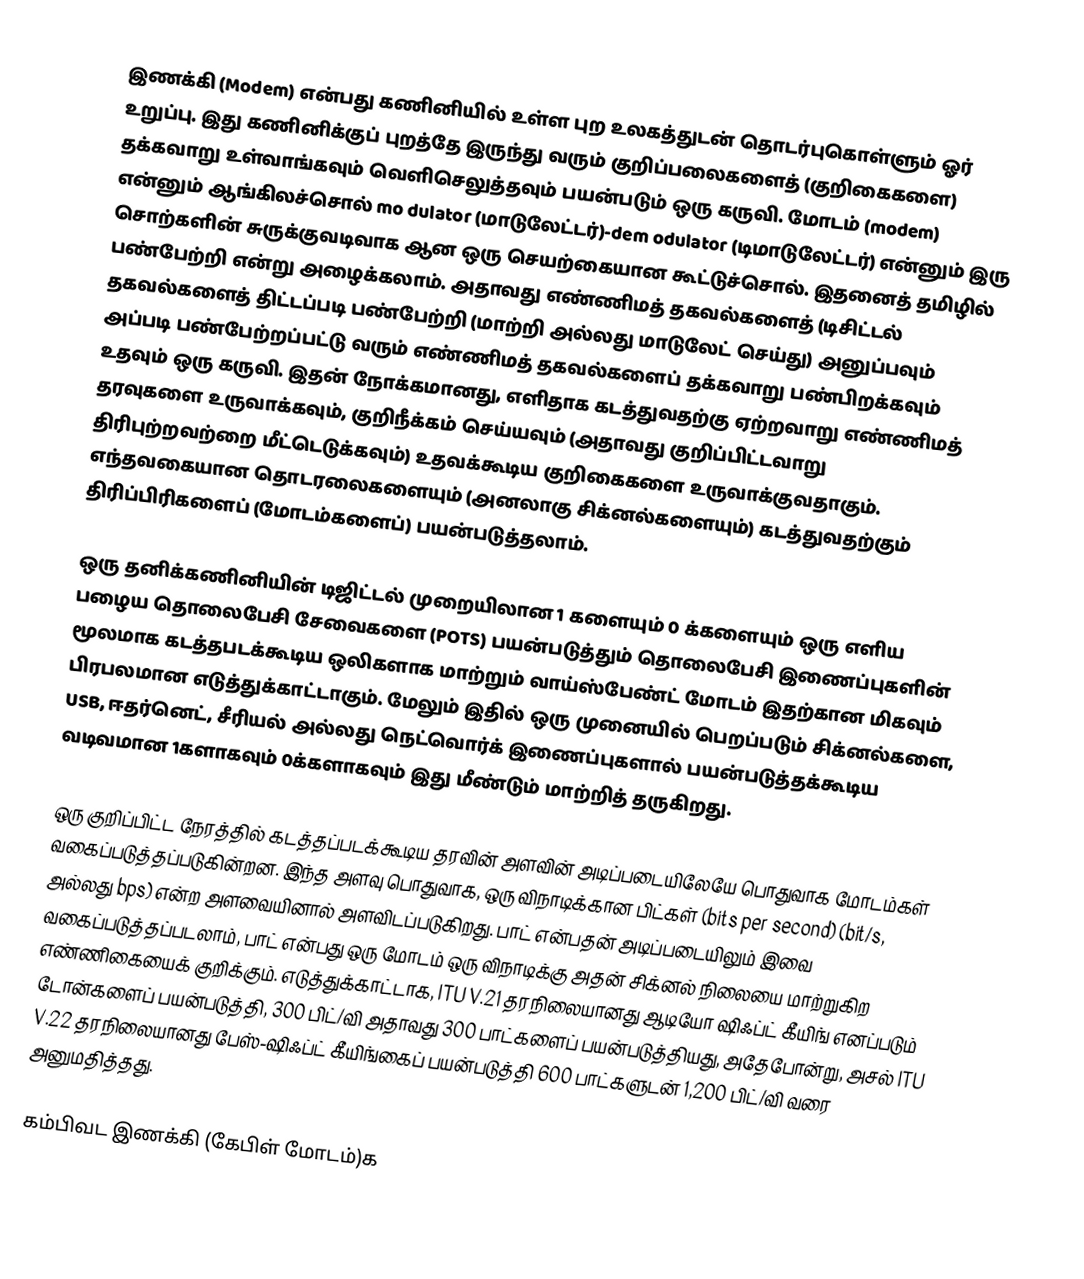
இணக்கி (Modem) என்பது கணினியில் உள்ள புற உலகத்துடன் தொடர்புகொள்ளும் ஓர் உறுப்பு. இது கணினிக்குப் புறத்தே இருந்து வரும் குறிப்பலைகளைத் (குறிகைகளை) தக்கவாறு உள்வாங்கவும் வெளிசெலுத்தவும் பயன்படும் ஒரு கருவி. மோடம் (modem) என்னும் ஆங்கிலச்சொல் mo  dulator (மாடுலேட்டர்)-dem odulator (டிமாடுலேட்டர்) என்னும் இரு சொற்களின் சுருக்குவடிவாக ஆன ஒரு செயற்கையான கூட்டுச்சொல். இதனைத் தமிழில் பண்பேற்றி என்று அழைக்கலாம். அதாவது எண்ணிமத் தகவல்களைத் (டிசிட்டல் தகவல்களைத் திட்டப்படி பண்பேற்றி (மாற்றி அல்லது மாடுலேட் செய்து) அனுப்பவும் அப்படி பண்பேற்றப்பட்டு வரும் எண்ணிமத் தகவல்களைப் தக்கவாறு பண்பிறக்கவும் உதவும் ஒரு கருவி. இதன் நோக்கமானது, எளிதாக கடத்துவதற்கு ஏற்றவாறு எண்ணிமத் தரவுகளை உருவாக்கவும், குறிநீக்கம் செய்யவும் (அதாவது குறிப்பிட்டவாறு திரிபுற்றவற்றை மீட்டெடுக்கவும்) உதவக்கூடிய குறிகைகளை உருவாக்குவதாகும். எந்தவகையான தொடரலைகளையும் (அனலாகு சிக்னல்களையும்) கடத்துவதற்கும் திரிப்பிரிகளைப் (மோடம்களைப்) பயன்படுத்தலாம்.

ஒரு தனிக்கணினியின் டிஜிட்டல் முறையிலான 1 களையும் 0 க்களையும் ஒரு எளிய பழைய தொலைபேசி சேவைகளை (POTS) பயன்படுத்தும் தொலைபேசி இணைப்புகளின் மூலமாக கடத்தபடக்கூடிய ஒலிகளாக மாற்றும் வாய்ஸ்பேண்ட் மோடம் இதற்கான மிகவும் பிரபலமான எடுத்துக்காட்டாகும். மேலும் இதில் ஒரு முனையில் பெறப்படும் சிக்னல்களை, USB, ஈதர்னெட், சீரியல் அல்லது நெட்வொர்க் இணைப்புகளால் பயன்படுத்தக்கூடிய வடிவமான 1களாகவும் 0க்களாகவும் இது மீண்டும் மாற்றித் தருகிறது.

ஒரு குறிப்பிட்ட நேரத்தில் கடத்தப்படக்கூடிய தரவின் அளவின் அடிப்படையிலேயே பொதுவாக மோடம்கள் வகைப்படுத்தப்படுகின்றன. இந்த அளவு பொதுவாக, ஒரு விநாடிக்கான பிட்கள் (bits per second) (bit/s, அல்லது bps) என்ற அளவையினால் அளவிடப்படுகிறது. பாட் என்பதன் அடிப்படையிலும் இவை வகைப்படுத்தப்படலாம், பாட் என்பது ஒரு மோடம் ஒரு விநாடிக்கு அதன் சிக்னல் நிலையை மாற்றுகிற எண்ணிகையைக் குறிக்கும். எடுத்துக்காட்டாக, ITU V.21 தரநிலையானது ஆடியோ ஷிஃப்ட் கீயிங் எனப்படும் டோன்களைப் பயன்படுத்தி, 300 பிட்/வி அதாவது 300 பாட்களைப் பயன்படுத்தியது, அதேபோன்று, அசல் ITU V.22 தரநிலையானது பேஸ்-ஷிஃப்ட் கீயிங்கைப் பயன்படுத்தி 600 பாட்களுடன் 1,200 பிட்/வி வரை அனுமதித்தது.

கம்பிவட இணக்கி (கேபிள் மோடம்)க